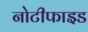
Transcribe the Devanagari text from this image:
नोटीफाइड